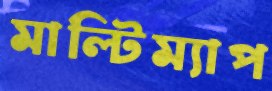
মাল্টিম্যাপ